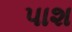
પાશ